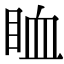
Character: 𥅧